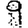
Digit: 9